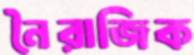
নৈরাজিক